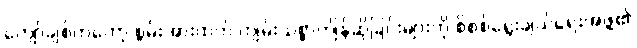
ကျော်ချစ်ကတော့ စွမ်းအားထက် ကျမ်းသစ္စာကျိန်ဆိုခြင်းများကို စိစစ်ရွေးချယ်ရေးအဖွဲ့၏